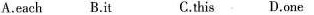
A.each B.It C.This D.One